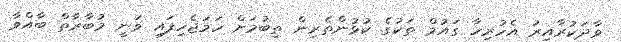
ވާދަކުރާއިރު އެހުރިހާ ގައުމް ތަކުގެ ކުޅުންތެރިން ތިބުމަށް ހަމަޖެހިފައި ވަނީ މުބާރާތް ބާއްވާ